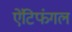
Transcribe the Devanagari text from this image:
ऐंटिफंगल